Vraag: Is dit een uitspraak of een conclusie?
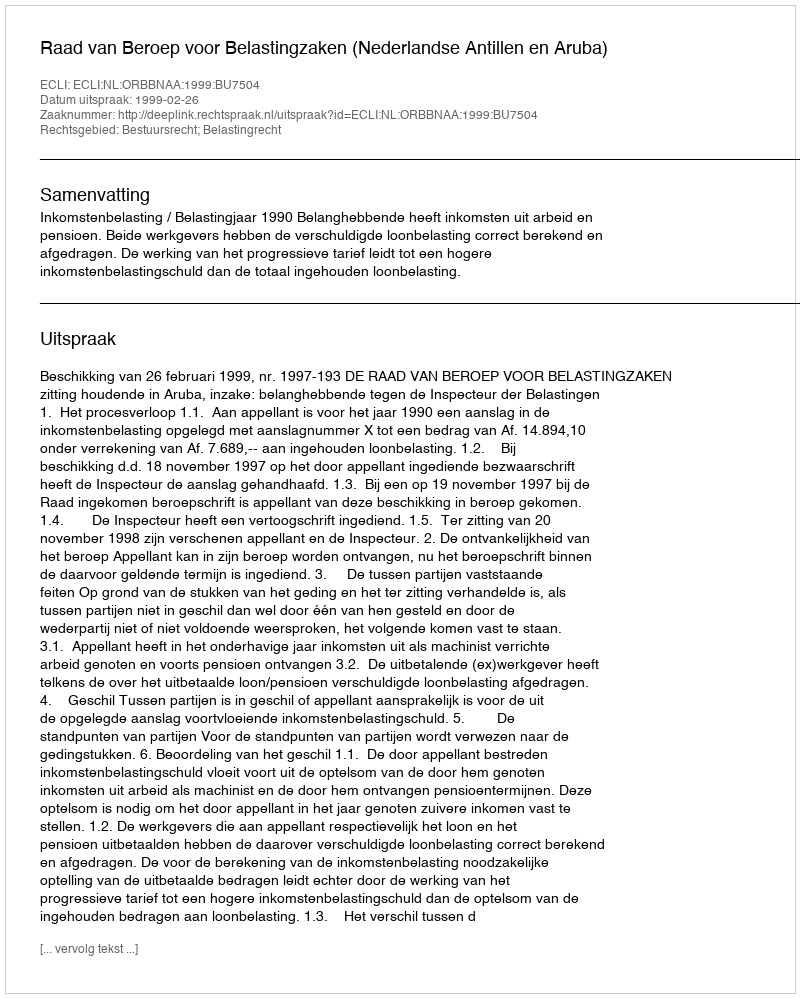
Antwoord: Uitspraak